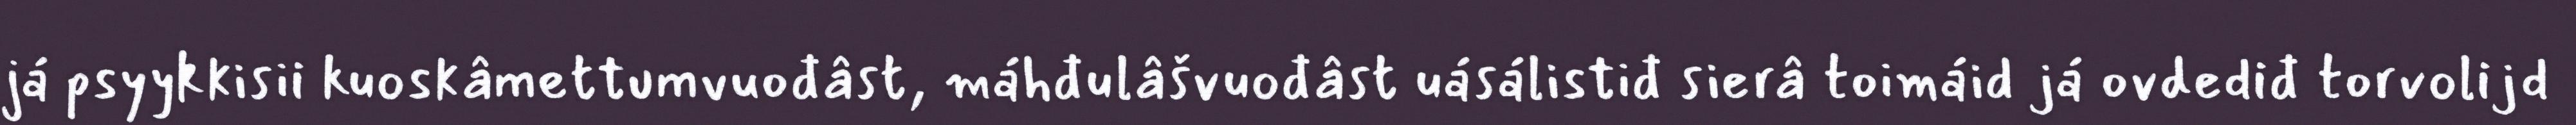
já psyykkisii kuoskâmettumvuođâst, máhđulâšvuođâst uásálistiđ sierâ toimáid já ovdediđ torvolijd